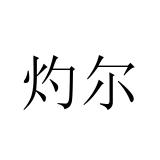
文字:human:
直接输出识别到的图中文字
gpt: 灼尔